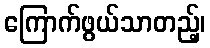
ကြောက်ဖွယ်သာတည့်၊